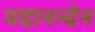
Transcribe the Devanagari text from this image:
यदानन्देन